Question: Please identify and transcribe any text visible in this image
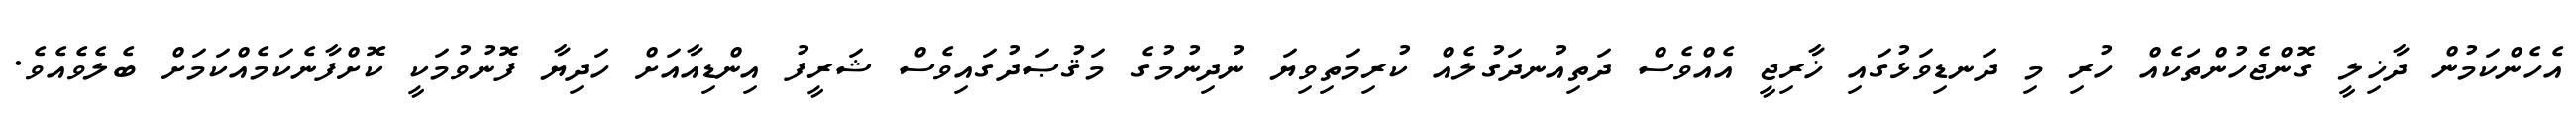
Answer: އެހެންކަމުން ދާޚިލީ ގޮންޖެހުންތަކެއް ހުރި މި ދަނޑިވަޅުގައި ޚާރިޖީ އެއްވެސް ދަތިއުނދަގުލެއް ކުރިމަތިވިޔަ ނުދިނުމުގެ މަޤުޞަދުގައިވެސް ޝަރީފު އިންޑިއާއަށް ހަދިޔާ ފޮނުވުމަކީ ކޮށްފާނެކަމެއްކަމަށް ބެލެވެއެވެ.